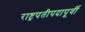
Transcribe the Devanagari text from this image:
राष्ट्रपतीपदापूर्वी